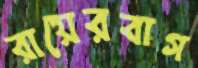
রায়েরবাগ